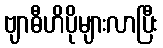
ဗျာဓီဟိပိုများလာပြီး